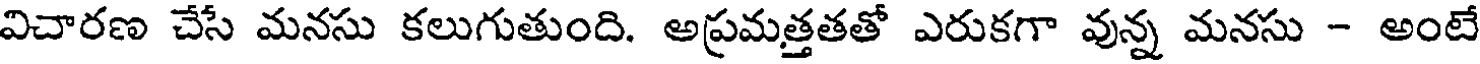
విచారణ చేసే మనసు కలుగుతుంది. అప్రమత్తతతో ఎరుకగా వున్న మనసు - అంటే